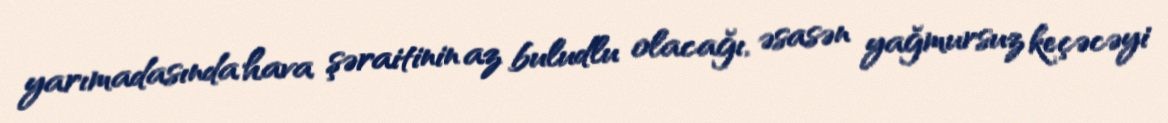
yarımadasında hava şəraitinin az buludlu olacağı, əsasən yağmursuz keçəcəyi